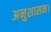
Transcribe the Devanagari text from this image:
अनुशासन।